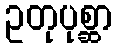
ဥတုပုစ္ဆာ